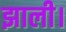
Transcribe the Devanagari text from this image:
झाली।